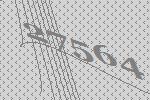
27564